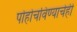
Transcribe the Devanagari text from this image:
पोहोचविण्याचेही